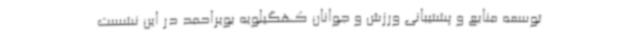
توسعه منابع و پشتیبانی ورزش و جوانان کهگیلویه بویراحمد در این نشست